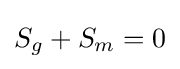
S_{g}+S_{m}=0